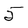
Character: 5